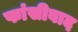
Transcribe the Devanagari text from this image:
फांसीवाद